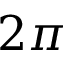
2 \pi